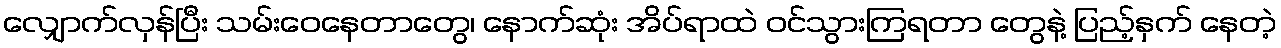
လျှောက်လှန်ပြီး သမ်းဝေနေတာတွေ၊ နောက်ဆုံး အိပ်ရာထဲ ဝင်သွားကြရတာ တွေနဲ့ ပြည့်နှက် နေတဲ့